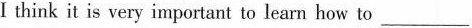
Ⅰ think it is very important to learn how to ___